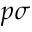
p \sigma